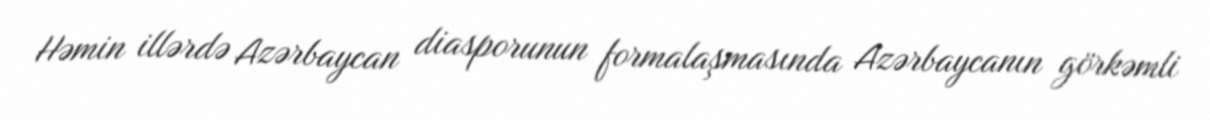
Həmin illərdə Azərbaycan diasporunun formalaşmasında Azərbaycanın görkəmli